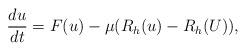
LaTeX: \begin{align*}{du\over dt}=F(u)-\mu(R_h(u)-R_h(U)),\end{align*}